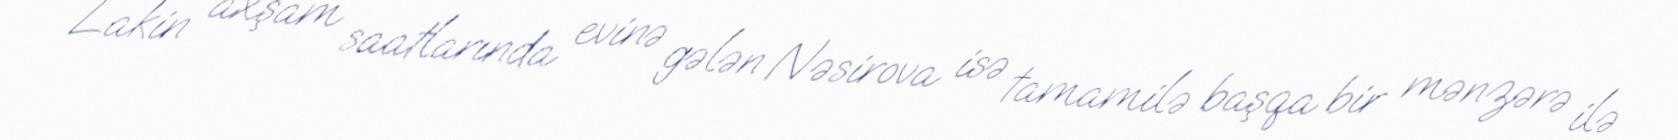
Lakin axşam saatlarında evinə gələn Nəsirova isə tamamilə başqa bir mənzərə ilə